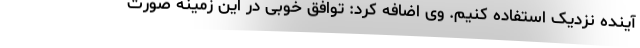
آینده نزدیک استفاده کنیم. وی اضافه کرد: توافق خوبی در این زمینه صورت